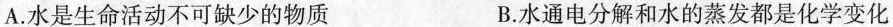
A.水是生命活动不可缺少的物质 B.水通电分解和水的蒸发都是化学变化